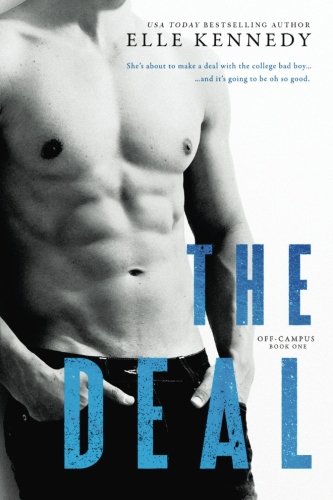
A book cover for The Deal (Off-Campus) (Volume 1); Elle Kennedy; Romance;